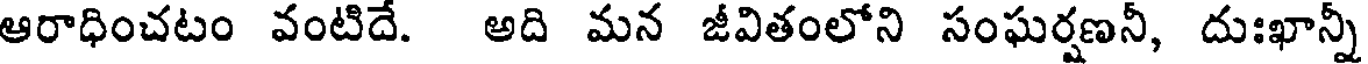
ఆరాధించటం వంటిదే. అది మన జీవితంలోని సంఘర్షణనీ, దుఃఖాన్నీ